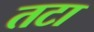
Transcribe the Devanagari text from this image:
तटा